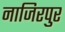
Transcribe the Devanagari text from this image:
नाजिरपुर